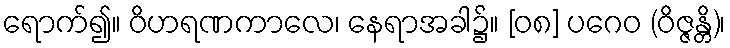
ရောက်၍။ ဝိဟရဏကာလေ၊ နေရာအခါ၌။ [၀၈] ပဂေဝ (ဝိဇ္ဇန္တိ)၊